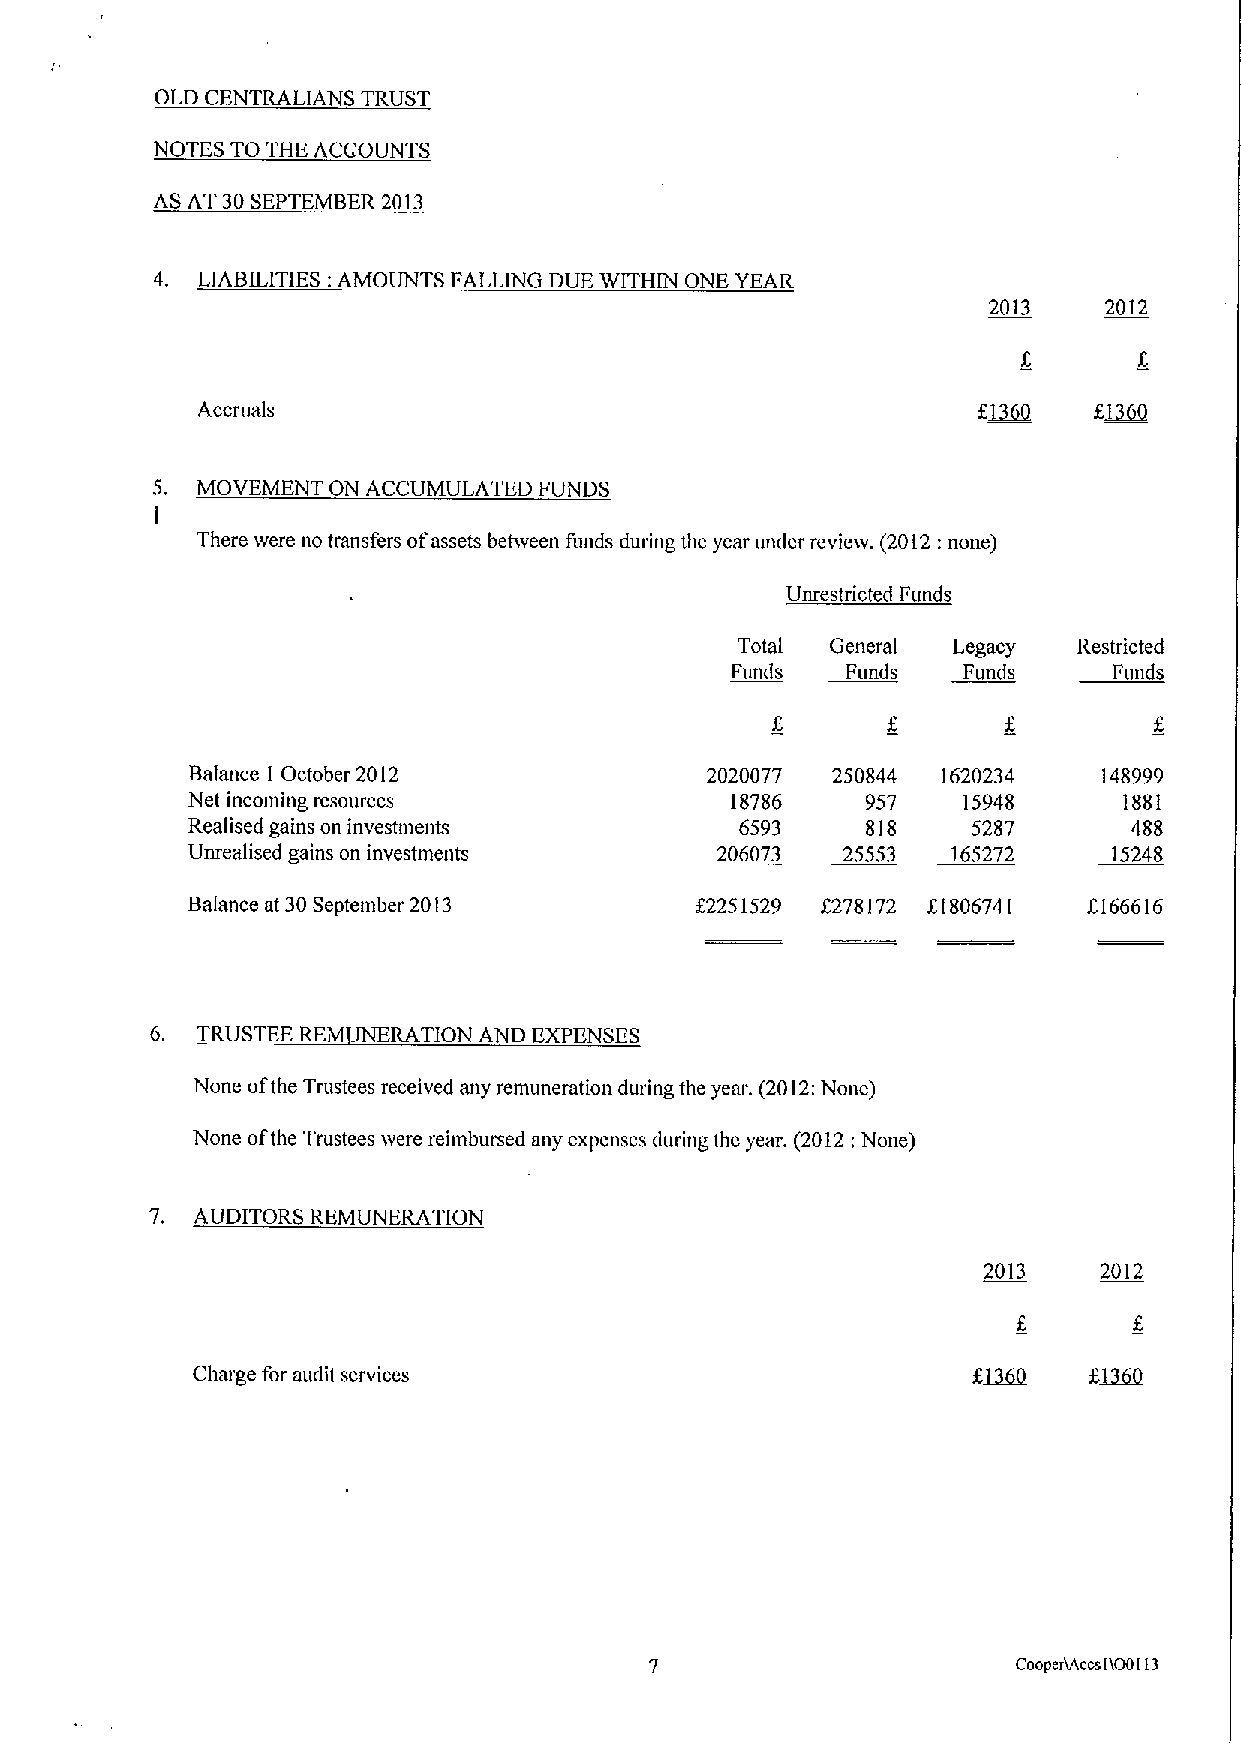
OLD CENTRALIANS TRUST
 NOTES TO THE ACCOUNTS
 AS AT 30SEPTEMBER2013
 4. LIABILITIES:AMOUNTS FALLING DUE WITHIN ONE YEAR
 2013    2012
 Accruals
 5. MOVEMENT ON ACCUMULATED FUNDS
 ]
 There tvere no transfers ofassets behveen funds during the year under revtesv. (2012:none)
 Unrestricted Funds
 Total General Legacy  Restncted
 Funds   Funds   Funds     Funds
 Balance I October 2012            2020077 250844 1620234    148999
 Net incoming resources              18786    957    15948     1881
 Realised gains on investments        6593    818    5287       488
 Unrealised gains on investments    206073   25553  165272     15248
 Balance at 30September 2013       $2251529 8278172 f1806741 8166616
 6. TRUSTEE REM  RATION AND EXPENSES
 None ofthe Trustees received any remuneration during the year. (2012:None)
 None ofthe Trustees svere reimbursed any expenses during the year. (2012:None)
 7. AUDITORS REMLINERATION
 2013    2012
 Charge for audit services
 Coopcrusccs ltOOll3